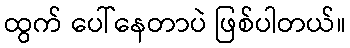
ထွက် ပေါ်နေတာပဲ ဖြစ်ပါတယ်။